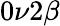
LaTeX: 0\nu 2\beta